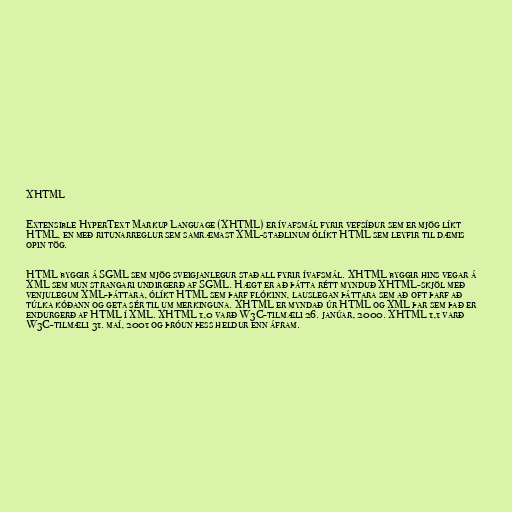
XHTML

Extensible HyperText Markup Language (XHTML) er ívafsmál fyrir vefsíður sem er mjög líkt
HTML, en með ritunarreglur sem samræmast XML-staðlinum ólíkt HTML sem leyfir til dæmis
opin tög.

HTML byggir á SGML sem mjög sveigjanlegur staðall fyrir ívafsmál. XHTML byggir hins vegar á
XML sem mun strangari undirgerð af SGML. Hægt er að þátta rétt mynduð XHTML-skjöl með
venjulegum XML-þáttara, ólíkt HTML sem þarf flókinn, lauslegan þáttara sem að oft þarf að
túlka kóðann og geta sér til um merkinguna. XHTML er myndað úr HTML og XML þar sem það er
endurgerð af HTML í XML. XHTML 1,0 varð W3C-tilmæli 26. janúar, 2000. XHTML 1,1 varð
W3C-tilmæli 31. maí, 2001 og þróun þess heldur enn áfram.